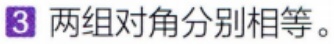
3 两组对角分别相等。